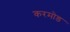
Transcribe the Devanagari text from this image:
करमोड